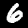
Digit: 6